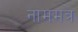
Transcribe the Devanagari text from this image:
नाममत्र